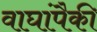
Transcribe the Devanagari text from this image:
वाघांपैकी